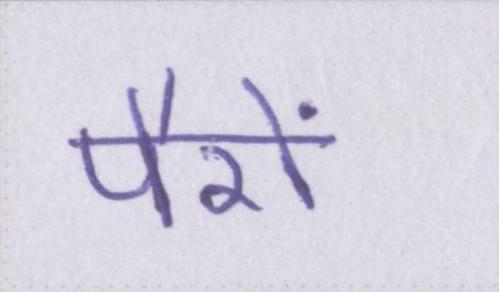
पैरों